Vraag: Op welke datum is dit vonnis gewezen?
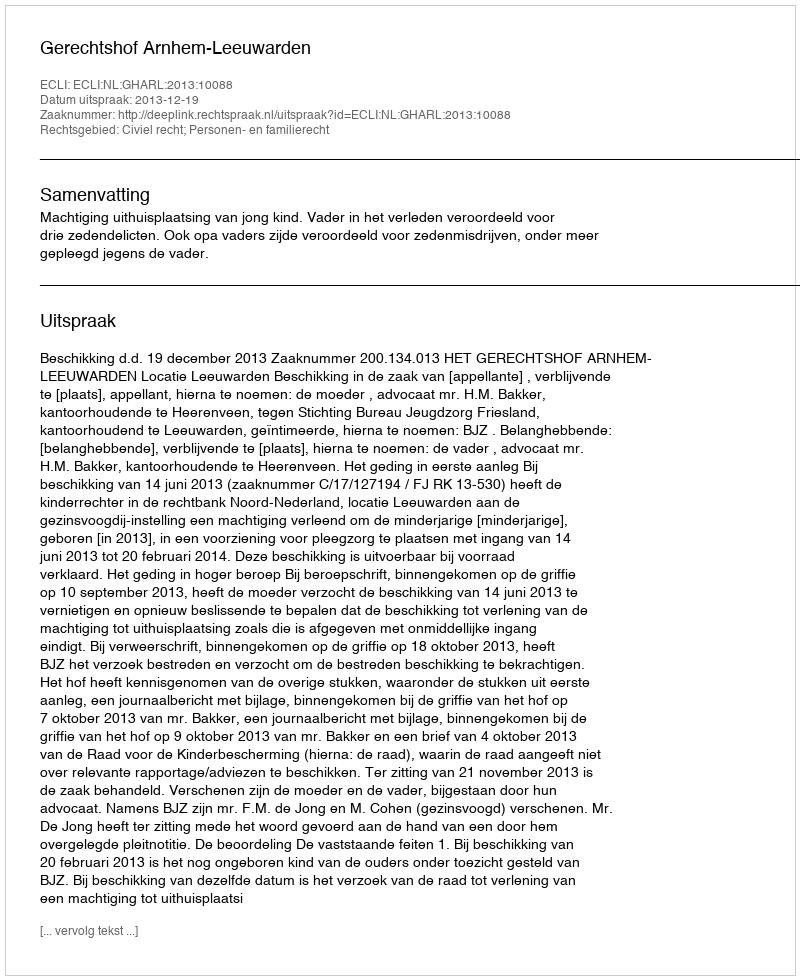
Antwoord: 2013-12-19